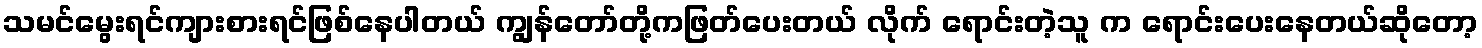
သမင်မွေးရင်ကျားစားရင်ဖြစ်နေပါတယ် ကျွန်တော်တို့ကဖြတ်ပေးတယ် လိုက် ရောင်းတဲ့သူ က ရောင်းပေးနေတယ်ဆိုတော့